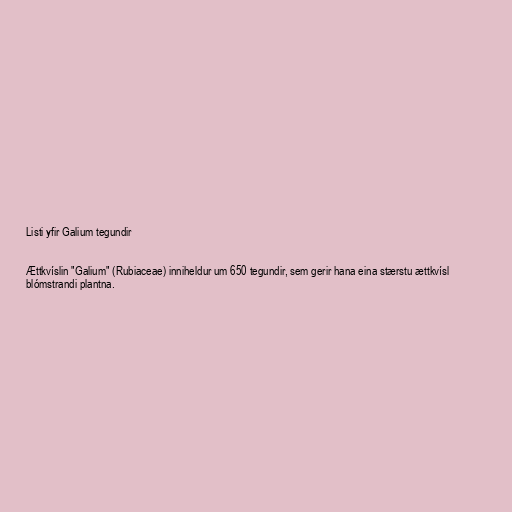
Listi yfir Galium tegundir

Ættkvíslin "Galium" (Rubiaceae) inniheldur um 650 tegundir, sem gerir hana eina stærstu ættkvísl
blómstrandi plantna.